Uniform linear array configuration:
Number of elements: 24
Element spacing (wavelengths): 1
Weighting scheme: uniform
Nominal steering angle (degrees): -30
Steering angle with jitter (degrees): -29.736
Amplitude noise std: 0.05
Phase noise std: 0.05

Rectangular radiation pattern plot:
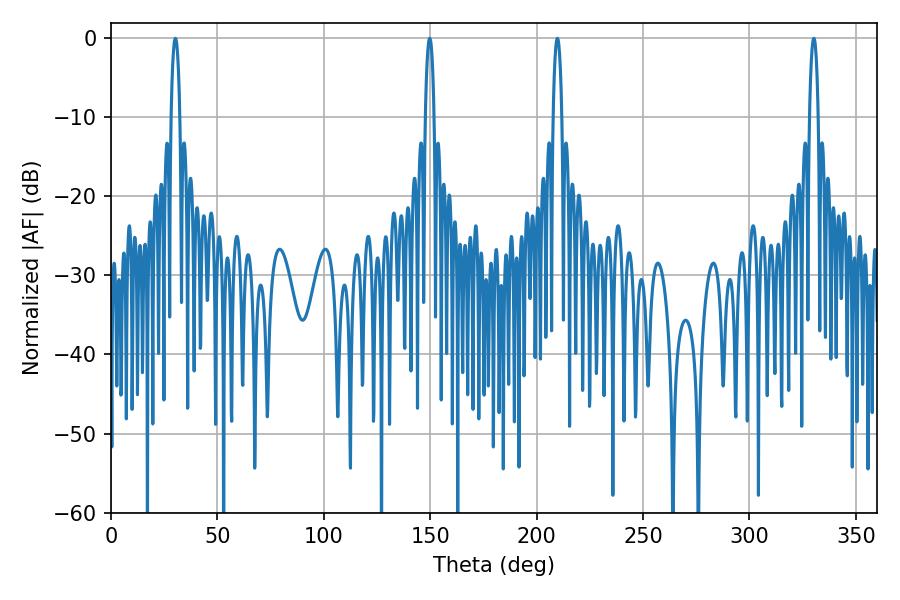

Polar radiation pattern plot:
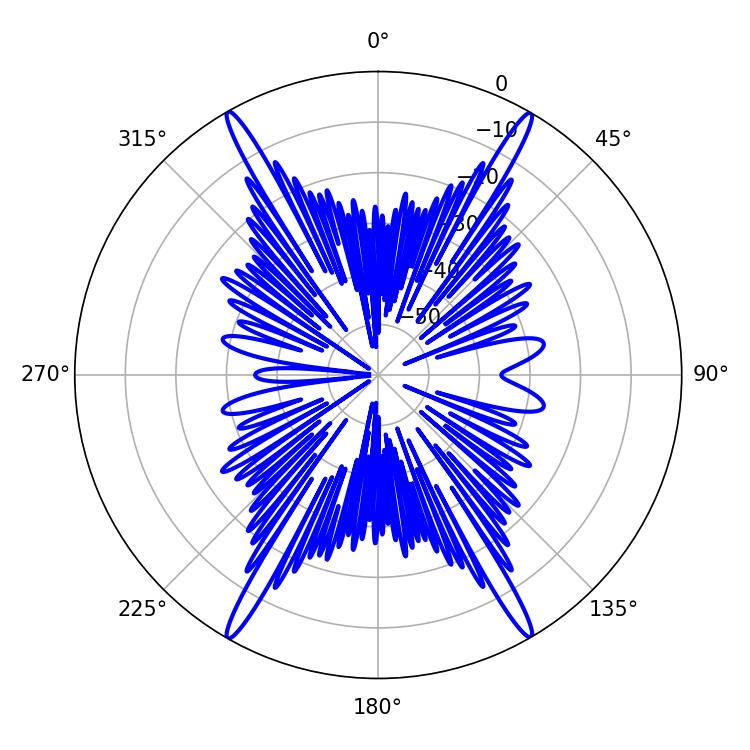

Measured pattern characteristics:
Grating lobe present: TRUE
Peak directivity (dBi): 31.925
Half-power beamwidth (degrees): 2.16
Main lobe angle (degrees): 30.24